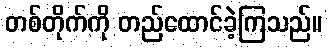
တစ်တိုက်ကို တည်ထောင်ခဲ့ကြသည်။